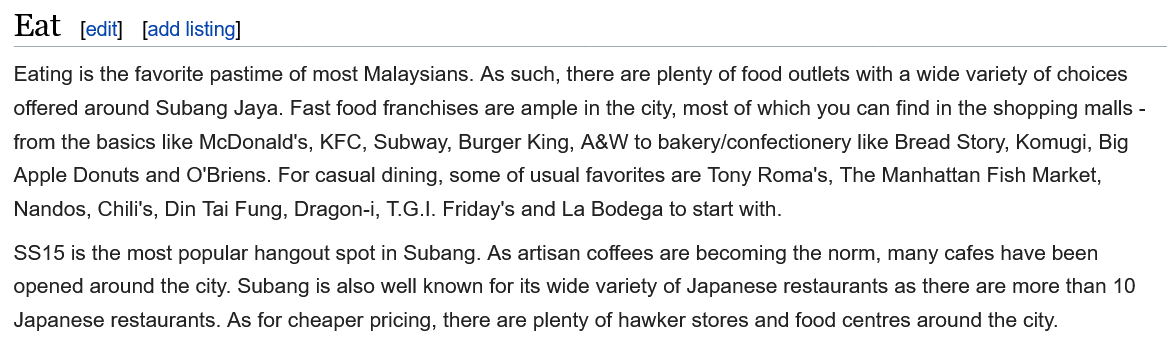
Eat
  Eating is the favorite pastime of most Malaysians. As such, there are plenty of food outlets with a wide variety of choices
  offered around Subang Jaya. Fast food franchises are ample in the city, most of which you can find in the shopping malls
     -
  from the basics like McDonald's, KFC, Subway, Burger King, A&W to bakery/confectionery like Bread Story, Komugi, Big
  Apple Donuts and O'Briens. For casual dining, some of usual favorites are Tony Roma's, The Manhattan Fish Market,
  Nandos, Chili's, Din Tai Fung, Dragon-i, T.G.1. Friday's and La Bodega to start with.
  S$S15 is the most popular hangout spot in Subang. As artisan coffees are becoming the norm, many cafes have been
  opened around the city. Subang is also well known for its wide variety of Japanese restaurants as there are more than 1
  Japanese restaurants. As for cheaper pricing, there are plenty of hawker stores and food centres around the city.
     [add listing] [edit]